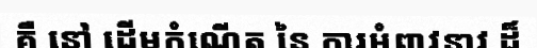
គឺ នៅ ដើមកំណើត នៃ ការអំពាវនាវ ដ៏